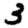
Digit: 3